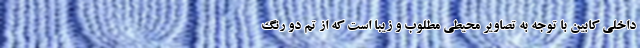
داخلی کابین با توجه به تصاویر محیطی مطلوب و زیبا است که از تم دو رنگ